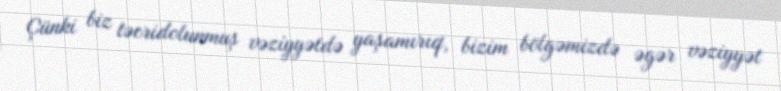
Çünki biz təcridolunmuş vəziyyətdə yaşamırıq, bizim bölgəmizdə əgər vəziyyət